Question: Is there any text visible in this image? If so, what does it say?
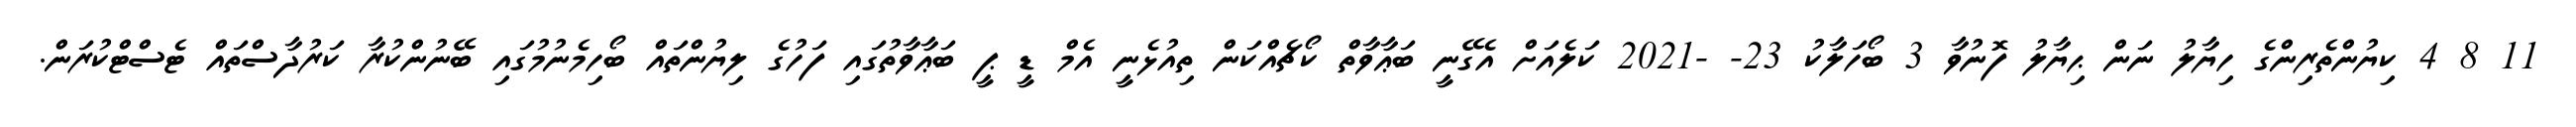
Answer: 11 8 4 ކިޔުންތެރިންގެ ހިޔާލު ނަން ޙިޔާލު ފޮނުވާ 3 ބޯހަލާކު 23- -2021 ކަލެއަށް އެގޭނީ ބަޢާވާތް ކޯޗެއްކަން ތިއުޅެނީ އެމް ޑީ ޕީ ބަޢާވާތުގައި ފަހުގެ ލިޔުންތައް ބޯހިމެނުމުގައި ބޭނުންކުރާ ކަރުދާސްތައް ޓެސްޓްކުރަން.